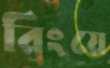
রিংয়ে